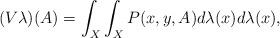
LaTeX: \begin{align*}(V\lambda)(A)=\int_X\int_X P(x,y,A)d\lambda(x)d\lambda(x),\end{align*}